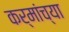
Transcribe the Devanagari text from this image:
कर्मांच्या